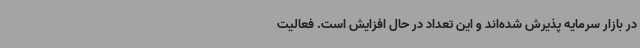
در بازار سرمایه پذیرش شده‌اند و این تعداد در حال افزایش است. فعالیت